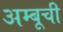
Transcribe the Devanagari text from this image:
अम्बूची